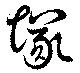
塚